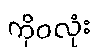
ကိုဝလုံး